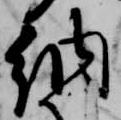
納